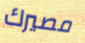
مصيرك